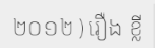
២០១២ ) រឿង ខ្លី